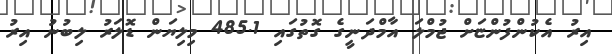
އިރު އެކުންފުންޏަށް ޖުމްލަ އާމްދަނީގެ ގޮތުގައި 485.1 މިލިޔަން ޑޮލަރު ލިބުނު އިރު